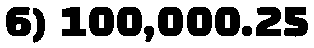
6) 100,000.25